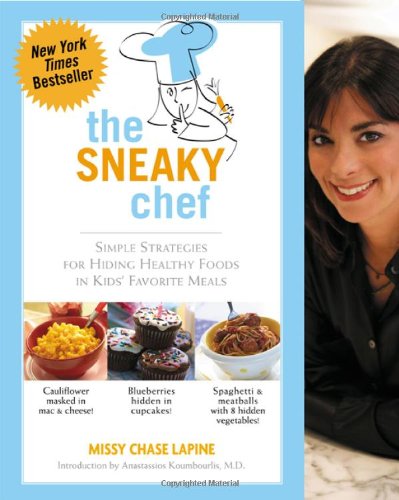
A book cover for The Sneaky Chef: Simple Strategies for Hiding Healthy Foods in Kids' Favorite Meals; Missy Chase Lapine; Cookbooks, Food & Wine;